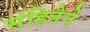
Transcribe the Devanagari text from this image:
संहितेने